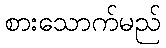
စားသောက်မည်